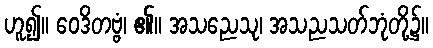
ဟူ၍။ ဝေဒိတဗ္ဗံ၊ ၏။ အသညေသု၊ အသညသတ်ဘုံတို့၌။